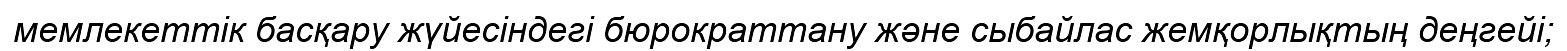
мемлекеттік басқару жүйесіндегі бюрократтану және сыбайлас жемқорлықтың деңгейі;